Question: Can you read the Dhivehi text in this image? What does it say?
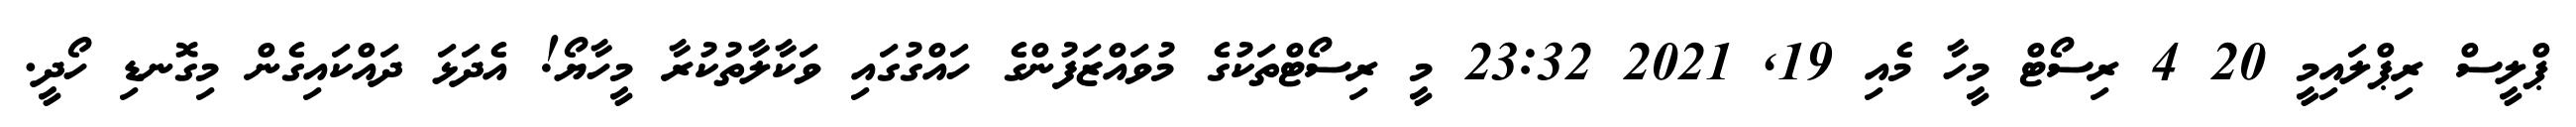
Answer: ޕްލީސް ރިޕްލައިމީ 20 4 ރިސޯޓް މީހާ މެއި 19, 2021 23:32 މީ ރިސޯޓްތަކުގެ މުވައްޒަފުންގެ ހައްގުގައި ވަކާލާތުކުރާ މީހާޔޯ! އެދަޅަ ދައްކައިގެން މިގޮނޑި ހޯދީ.